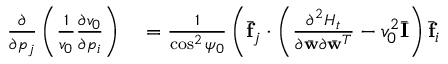
\begin{array} { r l } { \frac { \partial } { \partial p _ { j } } \left( \frac { 1 } { v _ { 0 } } \frac { \partial v _ { 0 } } { \partial p _ { i } } \right) } & { { } = \frac { 1 } { \cos ^ { 2 } \psi _ { 0 } } \left( \bar { \bf f } _ { j } \cdot \left( \frac { \partial ^ { 2 } { \cal H } _ { t } } { \partial \bar { \bf w } \partial \bar { \bf w } ^ { T } } - v _ { 0 } ^ { 2 } \bar { \bf I } \right) \bar { \bf f } _ { i } \right. } \end{array}